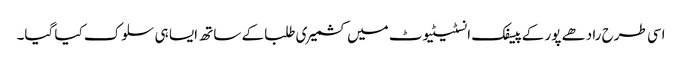
اسی طرح رادھے پور کے پیسفک انسٹیٹیوٹ میں کشمیری طلبا کے ساتھ ایسا ہی سلوک کیا گیا۔